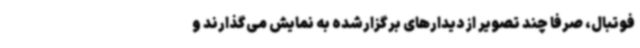
فوتبال، صرفا چند تصویر از دیدارهای برگزارشده به نمایش می‌گذارند و